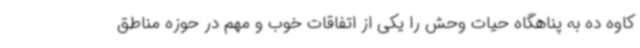
کاوه ده به پناهگاه حیات وحش را یکی از اتفاقات خوب و مهم در حوزه مناطق